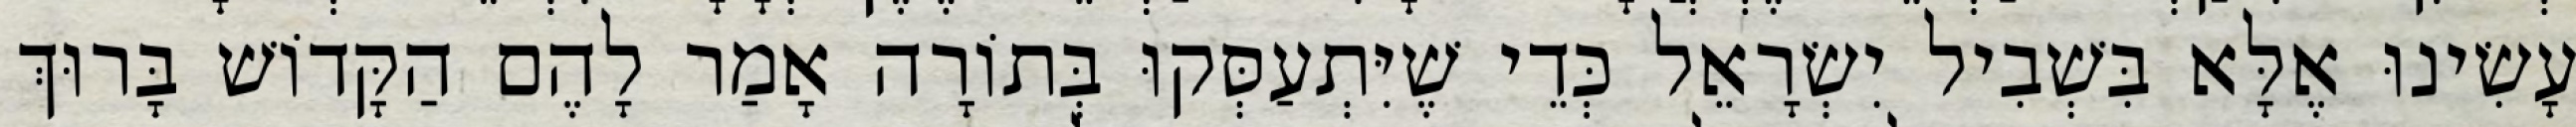
עָשִׂינוּ אֶלָּא בִּשְׁבִיל יִשְׂרָאֵל כְּדֵי שֶׁיִּתְעַסְּקוּ בְּתוֹרָה אָמַר לָהֶם הַקָּדוֹשׁ בָּרוּךְ